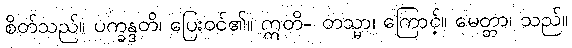
စိတ်သည်။ ပက္ခန္ဒတိ၊ ပြေးဝင်၏။ ဣတိ- တသ္မာ၊ ကြောင့်။ မေတ္တာ၊ သည်။